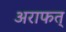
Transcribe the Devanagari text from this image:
अराफत्